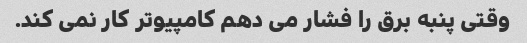
وقتی پنبه برق را فشار می دهم کامپیوتر کار نمی کند.